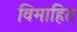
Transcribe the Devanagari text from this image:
विमाहित